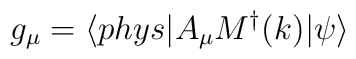
g_{\mu}=\langle phys |A_{\mu} M^{\dagger}(k)|\psi \rangle